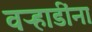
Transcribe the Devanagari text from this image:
वऱ्हाडींना